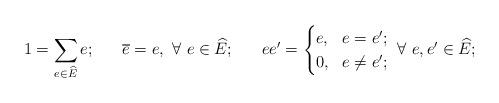
LaTeX: \begin{align*} 1=\sum_{e\in\widehat E}e;~~~~~ \overline e=e, ~\forall~e\in\widehat E;~~~~~ ee'=\begin{cases}e, \!& e=e';\\ 0, \!& e\ne e'; \end{cases}~\forall~e,e'\in\widehat E;\end{align*}